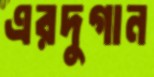
এরদুগান